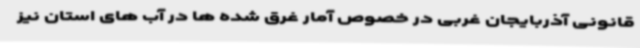
قانونی آذربایجان غربی در خصوص آمار غرق شده ها در آب های استان نیز